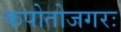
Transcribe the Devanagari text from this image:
कपोतोजगरः